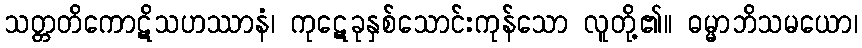
သတ္တတိကောဋိသဟဿာနံ၊ ကုဋေခုနှစ်သောင်းကုန်သော လူတို့၏။ ဓမ္မာဘိသမယော၊